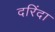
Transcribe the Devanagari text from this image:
दरिंदा